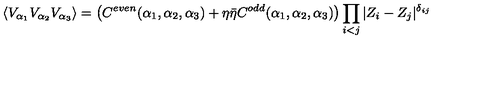
\langle V _ { \alpha _ { 1 } } V _ { \alpha _ { 2 } } V _ { \alpha _ { 3 } } \rangle = \left( C ^ { e v e n } ( \alpha _ { 1 } , \alpha _ { 2 } , \alpha _ { 3 } ) + \eta \bar { \eta } C ^ { o d d } ( \alpha _ { 1 } , \alpha _ { 2 } , \alpha _ { 3 } ) \right) \prod _ { i < j } | Z _ { i } - Z _ { j } | ^ { \delta _ { i j } }